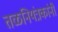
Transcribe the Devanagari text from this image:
तळनियंत्रकांनी